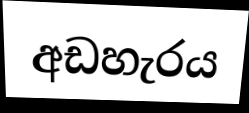
අඩහැරය